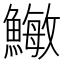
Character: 䲄